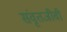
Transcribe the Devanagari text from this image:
संवृतजीवी